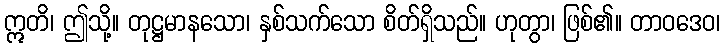
ဣတိ၊ ဤသို့။ တုဋ္ဌမာနသော၊ နှစ်သက်သော စိတ်ရှိသည်။ ဟုတွာ၊ ဖြစ်၏။ တာဝဒေဝ၊